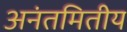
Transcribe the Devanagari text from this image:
अनंतमितीय